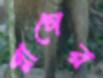
প্লাগের